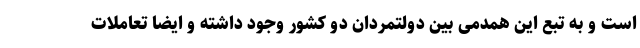
است و به تبع این همدمی بین دولتمردان دو کشور وجود داشته و ایضا تعاملات